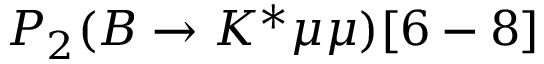
P _ { 2 } ( B \to K ^ { * } \mu \mu ) [ 6 - 8 ]